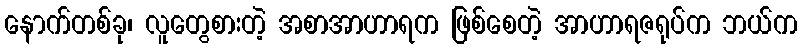
နောက်တစ်ခု၊ လူတွေစားတဲ့ အစာအာဟာရက ဖြစ်စေတဲ့ အာဟာရဇရုပ်က ဘယ်က